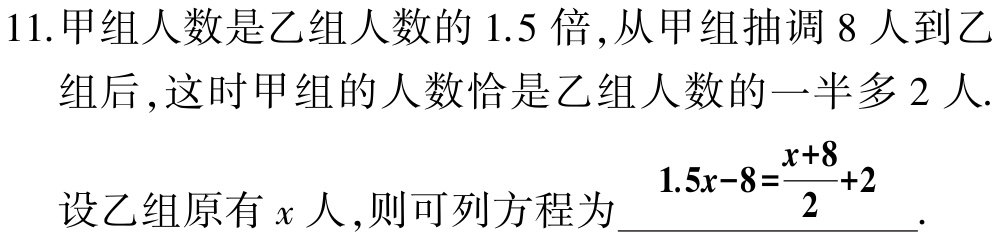
11.甲组人数是乙组人数的 1.5 倍,从甲组抽调 8 人到乙

组后,这时甲组的人数恰是乙组人数的一半多 2 人.

设乙组原有\(x\)人,则可列方程为\(1.5x - 8=\frac{x + 8}{2}+2\).